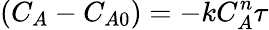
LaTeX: (C_{A}-C_{A0})=-kC_{A}^{n}\tau